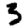
Digit: 3